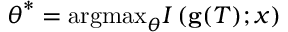
\boldsymbol { \theta } ^ { * } = \mathrm { a r g m a x } _ { \boldsymbol { \theta } } I \left( \mathbf { g } ( T ) ; x \right)